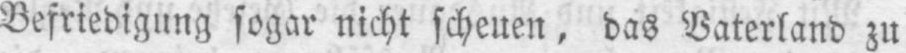
Befriedigung sogar nicht scheuen, das Vaterland zu